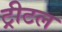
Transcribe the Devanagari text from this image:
ट्रीटल